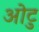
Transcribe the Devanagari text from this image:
ओटु